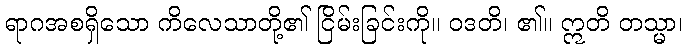
ရာဂအစရှိသော ကိလေသာတို့၏ ငြိမ်းခြင်းကို။ ဝဒတိ၊ ၏။ ဣတိ တသ္မာ၊